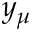
y _ { \mu }